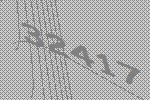
32417